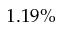
1 . 1 9 \%